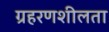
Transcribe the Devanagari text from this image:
ग्रहरणशीलता